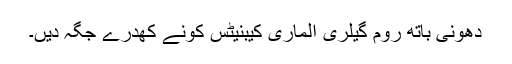
دھونی باتھ روم گیلری الماری کیبنیٹس کونے کھدرے جگہ دیں۔